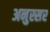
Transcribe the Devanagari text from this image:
अनुस्सर